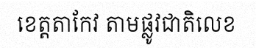
ខេត្តតាកែវ តាមផ្លូវជាតិលេខ